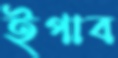
ইপাব